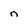
Character: n